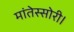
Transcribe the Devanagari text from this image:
मांतेस्सोरी।